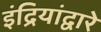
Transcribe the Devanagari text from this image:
इंद्रियांद्वारे